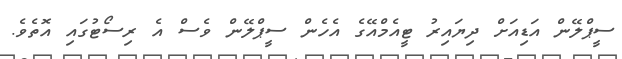
ސީޕްލޭން އަޑިއަށް ދިޔައިރު ޓީއެމްއޭގެ އެހެން ސީޕްލޭން ވެސް އެ ރިސޯޓުގައި އޮތެވެ.